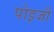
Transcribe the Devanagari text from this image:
पोइजी